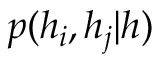
p ( h _ { i } , h _ { j } | h )